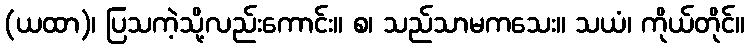
(ယထာ)၊ ပြသကဲ့သို့လည်းကောင်း။ စ၊ သည်သာမကသေး။ သယံ၊ ကိုယ်တိုင်။